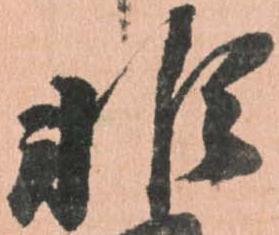
非